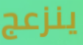
ينزعج